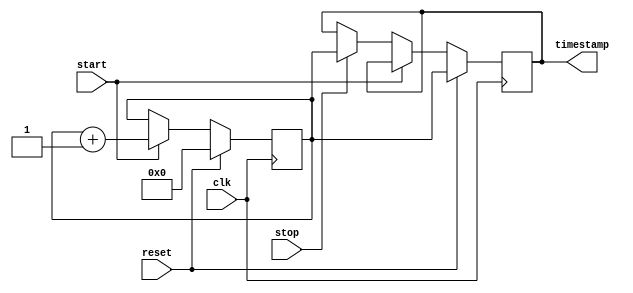
module time_stamp_timer (
    input wire clk,
    input wire start,
    input wire stop,
    input wire reset,
    output reg [31:0] timestamp
);

reg [31:0] timer;

always @(posedge clk) begin
    if (reset) begin
        timer <= 32'h0;
        timestamp <= timer;
    end else if (start) begin
        timer <= timer + 1;
    end else if (stop) begin
        timestamp <= timer;
    end
end

endmodule